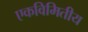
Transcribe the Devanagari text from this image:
एकविमितीय